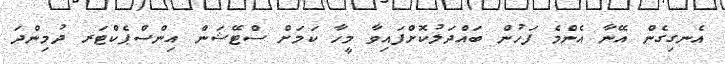
އެނގިގެން އޭނާ އެންމެ ފަހުން ބައްދަލުކޮށްފައިވާ މީހާ ކަމަށް ސްޓޭޝަން އިންސްޕެކްޓަރ ދުމިންދަ